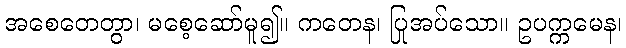
အစေတေတွာ၊ မစေ့ဆော်မူ၍။ ကတေန၊ ပြုအပ်သော။ ဥပက္ကမေန၊